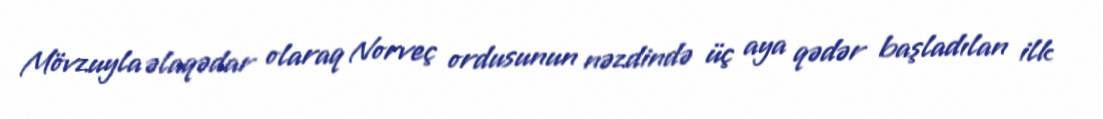
Mövzuyla əlaqədar olaraq Norveç ordusunun nəzdində üç aya qədər başladılan ilk